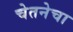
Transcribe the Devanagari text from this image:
चेतनेचा